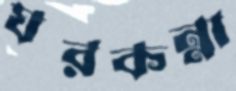
ঘরকন্না